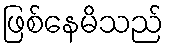
ဖြစ်နေမိသည်